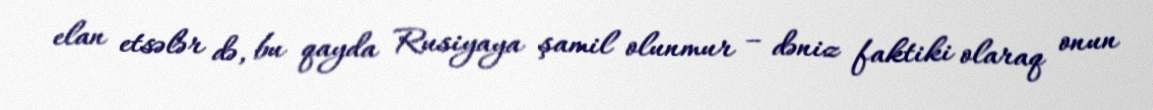
elan etsələr də, bu qayda Rusiyaya şamil olunmur – dəniz faktiki olaraq onun